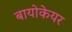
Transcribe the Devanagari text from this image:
बायोकेयर